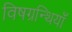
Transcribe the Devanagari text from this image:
विषग्रन्थियाँ